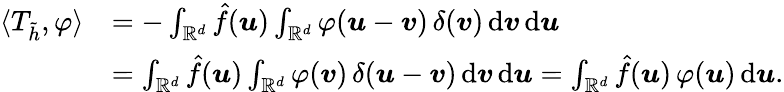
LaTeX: \begin{array}{rl}{\langle T_{\tilde{h}},\varphi\rangle}&{=-\int_{\mathbb R^{d}}\hat{f}(\boldsymbol u)\int_{\mathbb R^{d}}\varphi(\boldsymbol u-\boldsymbol v)\, \delta(\boldsymbol v)\, \mathrm{d}\boldsymbol v\, \mathrm d\boldsymbol u}\\ &{=\int_{\mathbb R^{d}}\hat{f}(\boldsymbol u)\int_{\mathbb R^{d}}\varphi(\boldsymbol v)\, \delta(\boldsymbol u-\boldsymbol v)\, \mathrm{d}\boldsymbol v\, \mathrm d\boldsymbol u=\int_{\mathbb R^{d}}\hat{f}(\boldsymbol u)\, \varphi(\boldsymbol u)\, \mathrm d\boldsymbol u.}\end{array}